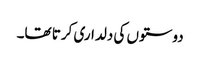
دوستوں کی دلداری کرتا تھا۔